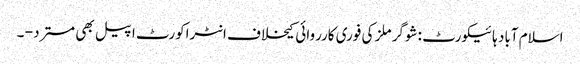
اسلام آباد ہائیکورٹ :شوگر ملز کی فوری کارروائی کیخلاف انٹراکورٹ اپیل بھی مسترد - ۔